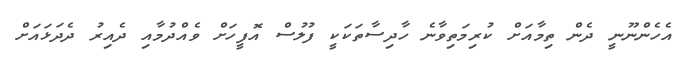
އެހެންނޫނީ ދެން ތިމާއަށް ކުރިމަތިވާނެ ހާދިސާތަކަކީ ފުލުސް އޮފީހަށް ވެއްދުމާއި ދެއިރު ދެދަޅައަށް